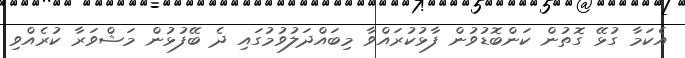
އެކަމާ ގުޅޭ ގޮތުން ކަންބޮޑުވުން ފާޅުކުރައްވާ މިބައްދަލުވުމުގައި ދެ ބޭފުޅުން މަޝްވަރާ ކުރެއްވި